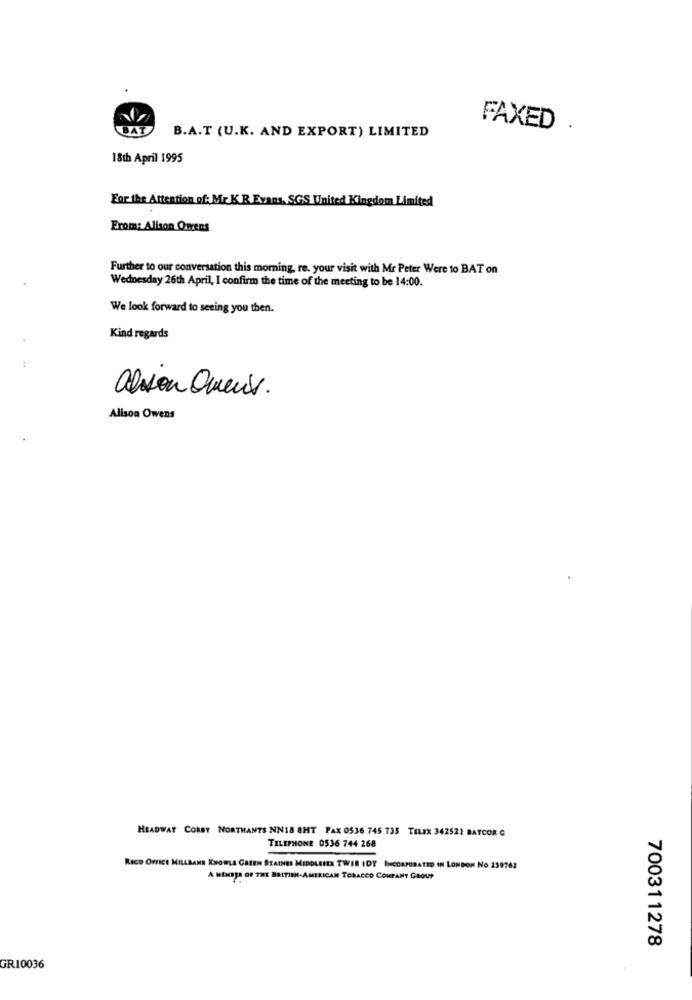
B.A.T (U.K. AND EXPORT) LIMITED
FAXED
18th April 1995
For the Attention of: Mr K R Evans, SGS. United Kingdom Limited
From: Alison Owens
Further to our conversation this morning, re. your visit with Mr Peter Were to BAT on
Wednesday 26th April, I confirm the time of the meeting to be 14:00.
We look forward to seeing you then.
Kind regards
alson Owens.
Alison Owens
HEADWAY CORBY NORTHANTS NN18 8HT FAX 0536 745 735 TELEX 342522 BATCOR G
TILIPHONE 0536 744 268
RICO OFFICE MILLSANN KNOWLA GREEN STAINES MIDDLESEX TWIR IDY INCORPORATED IN LONDON NO 239762
A MEMBER OF THE BRITISH-AMERICAN TOBACCO COMPANY GROUP
700311278
GR10036